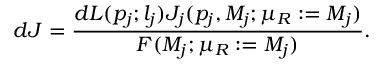
d J = \frac { d L ( p _ { j } ; l _ { j } ) J _ { j } ( p _ { j } , M _ { j } ; \mu _ { R } : = M _ { j } ) } { F ( M _ { j } ; \mu _ { R } : = M _ { j } ) } .